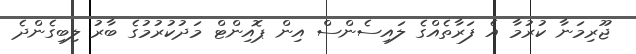
ޖޫރިމަނާ ކުރުމާ އެ ފަރާތެއްގެ ލައިސެންސް އިން ޕޮއިންޓް މަދުކުރުމުގެ ބާރު ލިބިގެންދެ